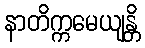
နာတိက္ကမေယျန္တိ